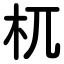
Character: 杌